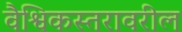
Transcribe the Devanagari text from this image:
वैश्विकस्तरावरील